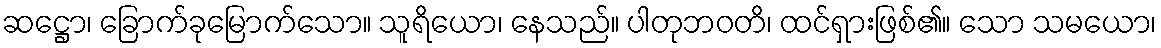
ဆဋ္ဌော၊ ခြောက်ခုမြောက်သော။ သူရိယော၊ နေသည်။ ပါတုဘဝတိ၊ ထင်ရှားဖြစ်၏။ သော သမယော၊